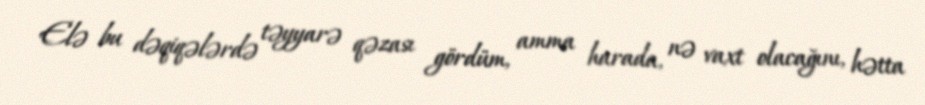
Elə bu dəqiqələrdə təyyarə qəzası gördüm, amma harada, nə vaxt olacağını, hətta